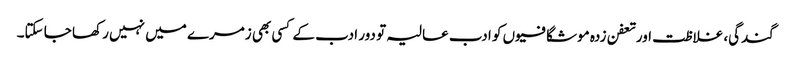
گندگی، غلاظت اور تعفن زدہ موشگافیوں کو ادب عالیہ تو دور ادب کے کسی بھی زمرے میں نہیں رکھا جا سکتا۔